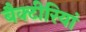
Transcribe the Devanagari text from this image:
बैक्टीरियां